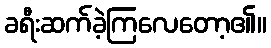
ခရီးဆက်ခဲ့ကြလေတော့၏။